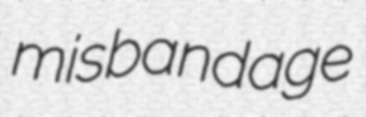
misbandage